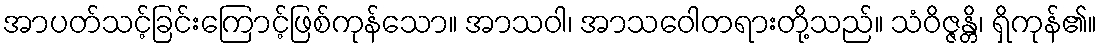
အာပတ်သင့်ခြင်းကြောင့်ဖြစ်ကုန်သော။ အာသဝါ၊ အာသဝေါတရားတို့သည်။ သံဝိဇ္ဇန္တိ၊ ရှိကုန်၏။